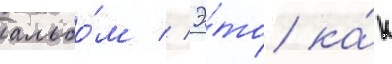
альбо́м // Э́то ка́к